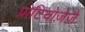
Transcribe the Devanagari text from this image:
प्रोटियोज़ेज़े